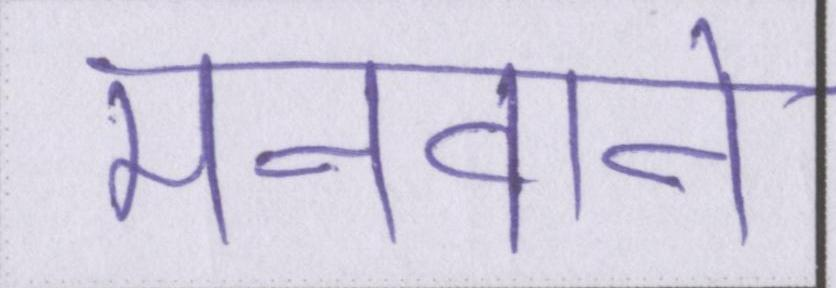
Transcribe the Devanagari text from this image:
मनवाने